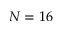
N = 1 6